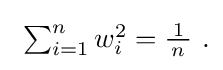
{\textstyle \ \sum _{i=1}^{n}w_{i}^{2}={\tfrac {\!\ 1\!\ }{n}}~.}